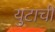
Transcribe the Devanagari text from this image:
युटाची